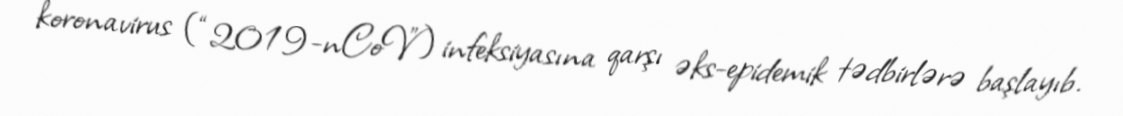
koronavirus (“2019-nCoV”) infeksiyasına qarşı əks-epidemik tədbirlərə başlayıb.